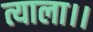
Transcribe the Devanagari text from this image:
त्याला।।